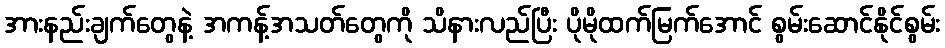
အားနည်းချက်တွေနဲ့ အကန့်အသတ်တွေကို သိနားလည်ပြီး ပိုမိုထက်မြက်အောင် စွမ်းဆောင်နိုင်စွမ်း